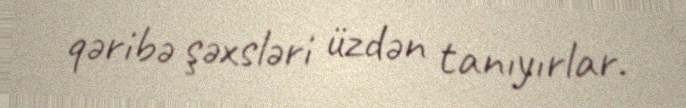
qəribə şəxsləri üzdən tanıyırlar.